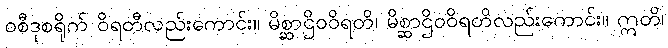
ဝစီဒုစရိုက် ဝိရတီလည်းကောင်း။ မိစ္ဆာဌိဝဝိရတိ၊ မိစ္ဆာဌိဝဝိရတိလည်းကောင်း။ ဣတိ၊